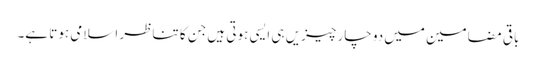
باقی مضامین میں دو چار چیزیں ہی ایسی ہوتی ہیں جن کا تناظر اسلامی ہوتا ہے۔